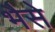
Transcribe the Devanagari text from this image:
भैसे